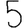
Digit: 5